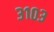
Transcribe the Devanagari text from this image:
३१०३